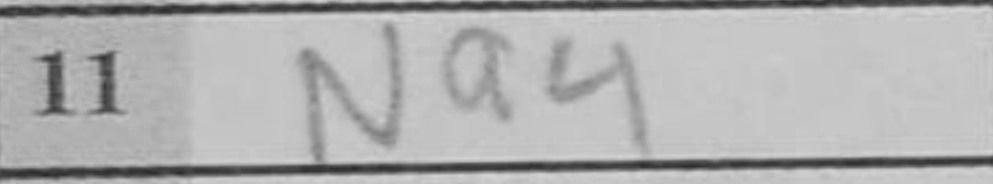
Transcription: Na4